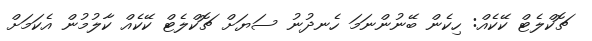
ޗޮކްލެޓް ކޭކެއް: ހިކެން ބޭނުންނަމަ ހެނދުނު ސަޔަށް ޗޮކްލެޓް ކޭކެއް ކާލުމުން އެކަމަށް